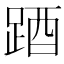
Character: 𨁪